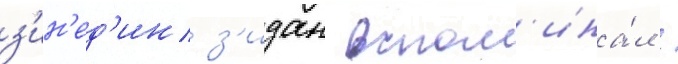
з'ин'ед'ин з'идан вспом'ина́л /